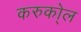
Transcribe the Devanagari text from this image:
करुको्ल